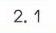
$2.1$